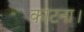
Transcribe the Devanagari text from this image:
काटना।